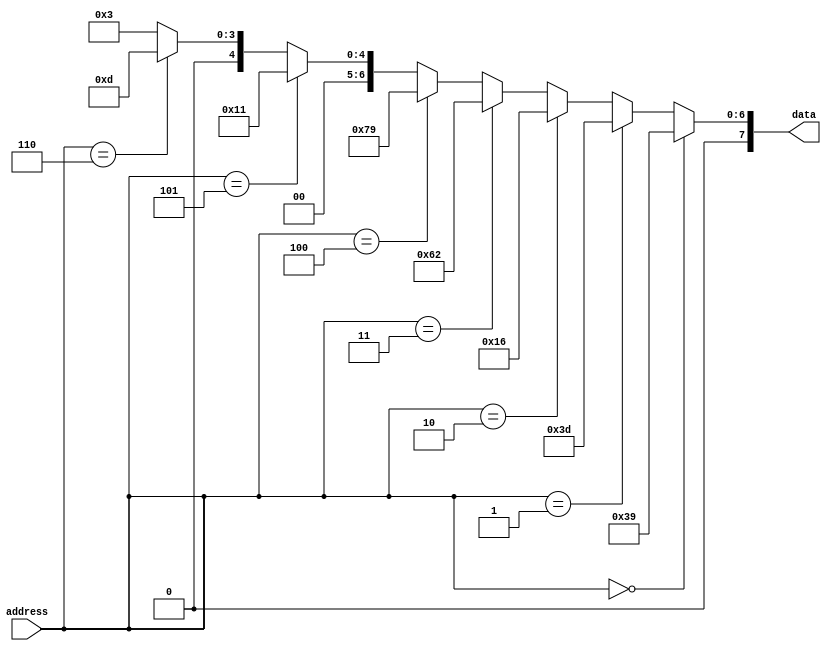
`timescale 1ns / 1ps
//////////////////////////////////////////////////////////////////////////////////
// Company: 
// Engineer: 
// 
// Design Name: 
// Module Name: metric
// Project Name: 
// Target Devices: 
// Tool Versions: 
// Description: 
// 
// Dependencies: 
// 
// Revision:
// Revision 0.01 - File Created
// Additional Comments:
// 
//////////////////////////////////////////////////////////////////////////////////

	module rom_memory(address, data);
	
		input [3:0] address;
		output [7:0] data;
	
		assign data = 	(address == 4'd0)	?	8'd57:
						(address == 8'd1)	?	8'd61:
						(address == 8'd2)	?	8'd22:
						(address == 8'd3)	?	8'd98:
						(address == 8'd4)	?	8'd121:
						(address == 8'd5)	?	8'd17:
						(address == 8'd6)	?	8'd13:
												8'd3;
	endmodule


	module eval_module(clk, rst, data_in1, data_in2, result, kernel_enable);
	
		input clk, rst;
	
		input [7:0]	data_in1;
		input [7:0]	data_in2;
		
		input kernel_enable;
	
		output reg [7:0] result;
	
		wire [3:0] address =	data_in1[3:0];
		
		wire [7:0] rom_out;
		wire [7:0] flipped = 	~(data_in2);
		reg [7:0] flipreg;
		reg [7:0] romout;
		reg [7:0] r1;
		reg [7:0] r2;
		reg [7:0] r3;
		reg [7:0] r4;
		reg [7:0] r5;
		wire clk2=clk&kernel_enable;
		reg [7:0] r6;

//		
		
	
		rom_memory rom(.address(address),.data(rom_out));
	
		always@(posedge clk)
		begin

		    
		    
		    r4<=data_in1;
		    r5<=r4;
		    flipreg<=flipped;
		    r6<=flipreg;
            r3<=r6 + r5;

		end
		always@(posedge clk2)
		begin
		romout<=rom_out;
		r1<=romout + flipreg;
		r2<=r1 + r5;
		end
		always@(posedge clk)
		begin
		if(rst)
			begin
				result <=	8'd0;
			end
			else
			begin
				if(kernel_enable)
					result <=	r2;
				else	
					result <=	r3;
			end
		end
		
	
	endmodule